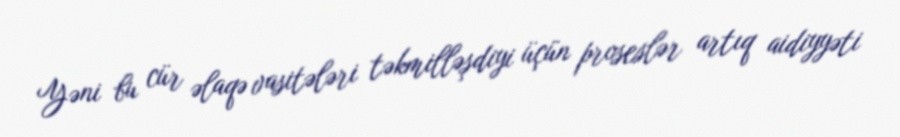
Yəni bu cür əlaqə vasitələri təkmilləşdiyi üçün proseslər artıq aidiyyəti